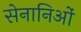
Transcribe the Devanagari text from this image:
सेनानिओं